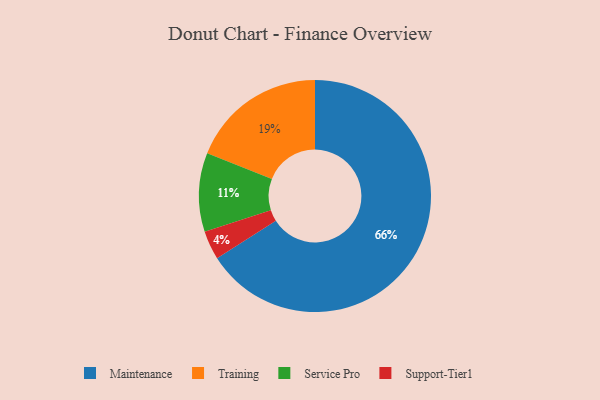
{"axis": {"x": "Category", "y": "Percentage"}, "legend": ["Maintenance", "Service Pro", "Support-Tier1", "Training"], "data": [{"x": "Maintenance", "y": 66, "type": "Maintenance"}, {"x": "Support-Tier1", "y": 4, "type": "Support-Tier1"}, {"x": "Training", "y": 19, "type": "Training"}, {"x": "Service Pro", "y": 11, "type": "Service Pro"}]}